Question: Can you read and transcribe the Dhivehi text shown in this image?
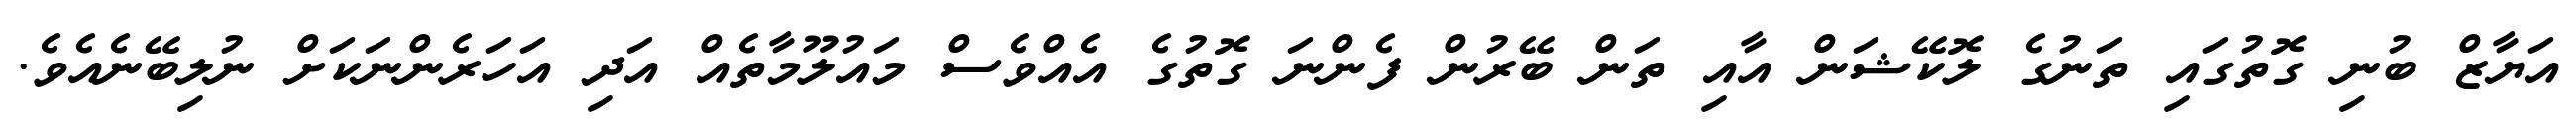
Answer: އަޔާޒް ބުނި ގޮތުގައި ތަނުގެ ލޮކޭޝަން އާއި ތަން ބޭރުން ފެންނަ ގޮތުގެ އެއްވެސް މައުލޫމާތެއް އަދި އަހަރެންނަކަށް ނުލިބޭނެއެވެ.